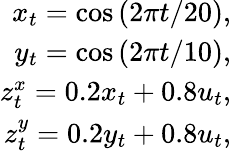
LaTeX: \begin{array}{r}{x_{t}=\cos{(2\pi t/20)},}\\ {y_{t}=\cos{(2\pi t/10)},}\\ {z_{t}^{x}=0.2x_{t}+0.8u_{t},}\\ {z_{t}^{y}=0.2y_{t}+0.8u_{t},}\end{array}